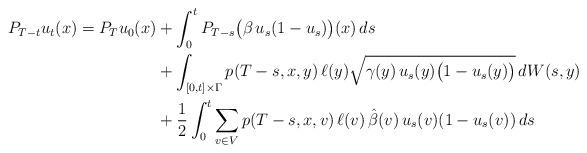
LaTeX: \begin{align*}P_{T-t}u_t(x)= P_T u_0(x) &+ \int_0^t P_{T-s}\big(\beta\,u_s(1-u_s)\big)(x)\,ds \\&+ \int_{[0,t]\times \Gamma}p(T-s,x,y)\,\ell(y)\sqrt{\gamma(y)\,u_s(y)\big(1-u_s(y)\big)}\,dW(s,y)\\&+\frac{1}{2}\int_0^t\sum_{v\in V}p(T-s,x,v)\,\ell(v)\,\hat{\beta}(v)\,u_s(v)(1-u_s(v))\,ds\end{align*}